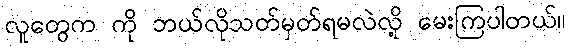
လူတွေက ကို ဘယ်လိုသတ်မှတ်ရမလဲလို့ မေးကြပါတယ်။